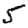
Digit: 5